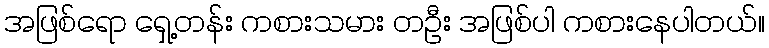
အဖြစ်ရော ရှေ့တန်း ကစားသမား တဦး အဖြစ်ပါ ကစားနေပါတယ်။